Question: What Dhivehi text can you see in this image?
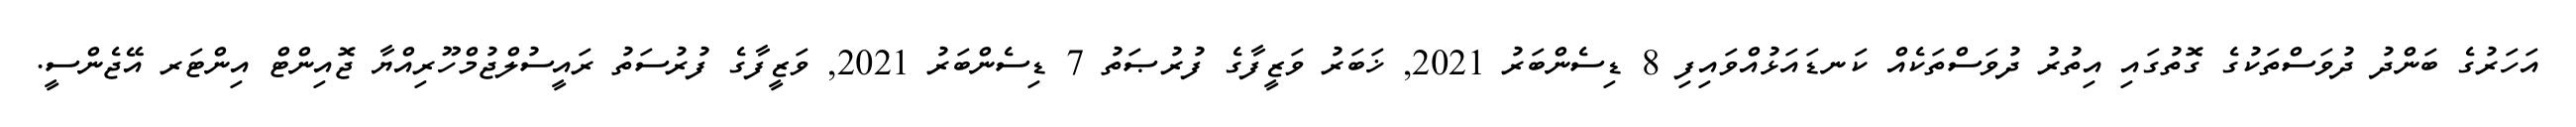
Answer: އަހަރުގެ ބަންދު ދުވަސްތަކުގެ ގޮތުގައި އިތުރު ދުވަސްތަކެއް ކަނޑައަޅުއްވައިފި 8 ޑިސެންބަރު 2021, ޚަބަރު ވަޒީފާގެ ފުރުޞަތު 7 ޑިސެންބަރު 2021, ވަޒީފާގެ ފުރުސަތު ރައީސުލްޖުމްހޫރިއްޔާ ޖޮއިންޓް އިންޓަރ އޭޖެންސީ.